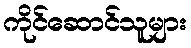
ကိုင်ဆောင်သူများ